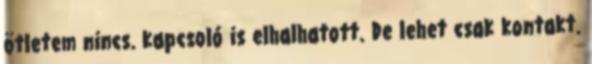
ötletem nincs. kapcsoló is elhalhatott. De lehet csak kontakt.